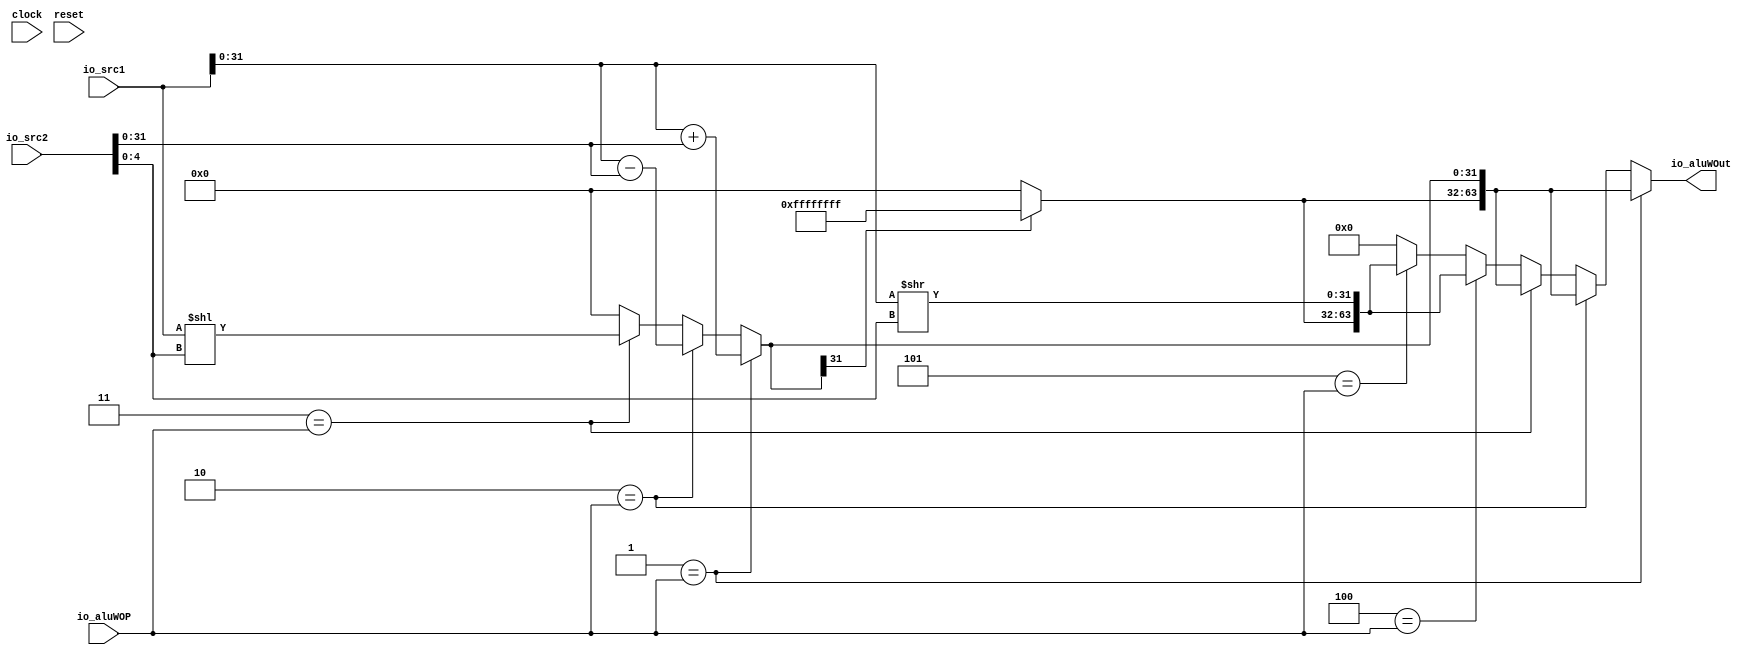
module aluW(
  input         clock,
  input         reset,
  input  [63:0] io_src1,
  input  [63:0] io_src2,
  input  [2:0]  io_aluWOP,
  output [63:0] io_aluWOut
);
  wire [31:0] src1W = io_src1[31:0]; // @[aluW.scala 18:23]
  wire [4:0] shamt = io_src2[4:0]; // @[aluW.scala 19:23]
  wire  _T = 3'h1 == io_aluWOP; // @[aluW.scala 25:17]
  wire [63:0] _outDW_T_1 = io_src1 + io_src2; // @[aluW.scala 26:35]
  wire  _T_1 = 3'h2 == io_aluWOP; // @[aluW.scala 25:17]
  wire [63:0] _outDW_T_3 = io_src1 - io_src2; // @[aluW.scala 27:35]
  wire  _T_2 = 3'h3 == io_aluWOP; // @[aluW.scala 25:17]
  wire [94:0] _GEN_7 = {{31'd0}, io_src1}; // @[aluW.scala 28:35]
  wire [94:0] _outDW_T_4 = _GEN_7 << shamt; // @[aluW.scala 28:35]
  wire  _T_3 = 3'h4 == io_aluWOP; // @[aluW.scala 25:17]
  wire [31:0] _outW_T = src1W >> shamt; // @[aluW.scala 29:36]
  wire  _T_4 = 3'h5 == io_aluWOP; // @[aluW.scala 25:17]
  wire [31:0] _GEN_0 = 3'h5 == io_aluWOP ? _outW_T : 32'h0; // @[aluW.scala 25:17 30:27]
  wire [31:0] _GEN_1 = 3'h4 == io_aluWOP ? _outW_T : _GEN_0; // @[aluW.scala 25:17 29:27]
  wire [94:0] _GEN_2 = 3'h3 == io_aluWOP ? _outDW_T_4 : 95'h0; // @[aluW.scala 25:17 28:27]
  wire [31:0] _GEN_3 = 3'h3 == io_aluWOP ? 32'h0 : _GEN_1; // @[aluW.scala 25:17]
  wire [94:0] _GEN_4 = 3'h2 == io_aluWOP ? {{31'd0}, _outDW_T_3} : _GEN_2; // @[aluW.scala 25:17 27:27]
  wire [31:0] _GEN_5 = 3'h2 == io_aluWOP ? 32'h0 : _GEN_3; // @[aluW.scala 25:17]
  wire [94:0] _GEN_6 = 3'h1 == io_aluWOP ? {{31'd0}, _outDW_T_1} : _GEN_4; // @[aluW.scala 25:17 26:27]
  wire [31:0] outW = 3'h1 == io_aluWOP ? 32'h0 : _GEN_5; // @[aluW.scala 25:17]
  wire [63:0] outDW = _GEN_6[63:0];
  wire [31:0] _out_T_2 = outDW[31] ? 32'hffffffff : 32'h0; // @[Bitwise.scala 74:12]
  wire [63:0] _out_T_4 = {_out_T_2,outDW[31:0]}; // @[Cat.scala 31:58]
  wire [63:0] _out_T_19 = {_out_T_2,outW}; // @[Cat.scala 31:58]
  wire [63:0] _GEN_8 = _T_4 ? _out_T_19 : 64'h0; // @[aluW.scala 33:17 38:25]
  wire [63:0] _GEN_9 = _T_3 ? _out_T_19 : _GEN_8; // @[aluW.scala 33:17 37:25]
  wire [63:0] _GEN_10 = _T_2 ? _out_T_4 : _GEN_9; // @[aluW.scala 33:17 36:25]
  wire [63:0] _GEN_11 = _T_1 ? _out_T_4 : _GEN_10; // @[aluW.scala 33:17 35:25]
  assign io_aluWOut = _T ? _out_T_4 : _GEN_11; // @[aluW.scala 33:17 34:25]
endmodule